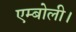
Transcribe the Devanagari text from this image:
एम्बोली।